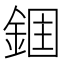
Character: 𮢉